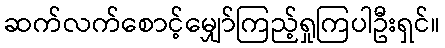
ဆက်လက်စောင့်မျှော်ကြည့်ရှုကြပါဦးရှင်။